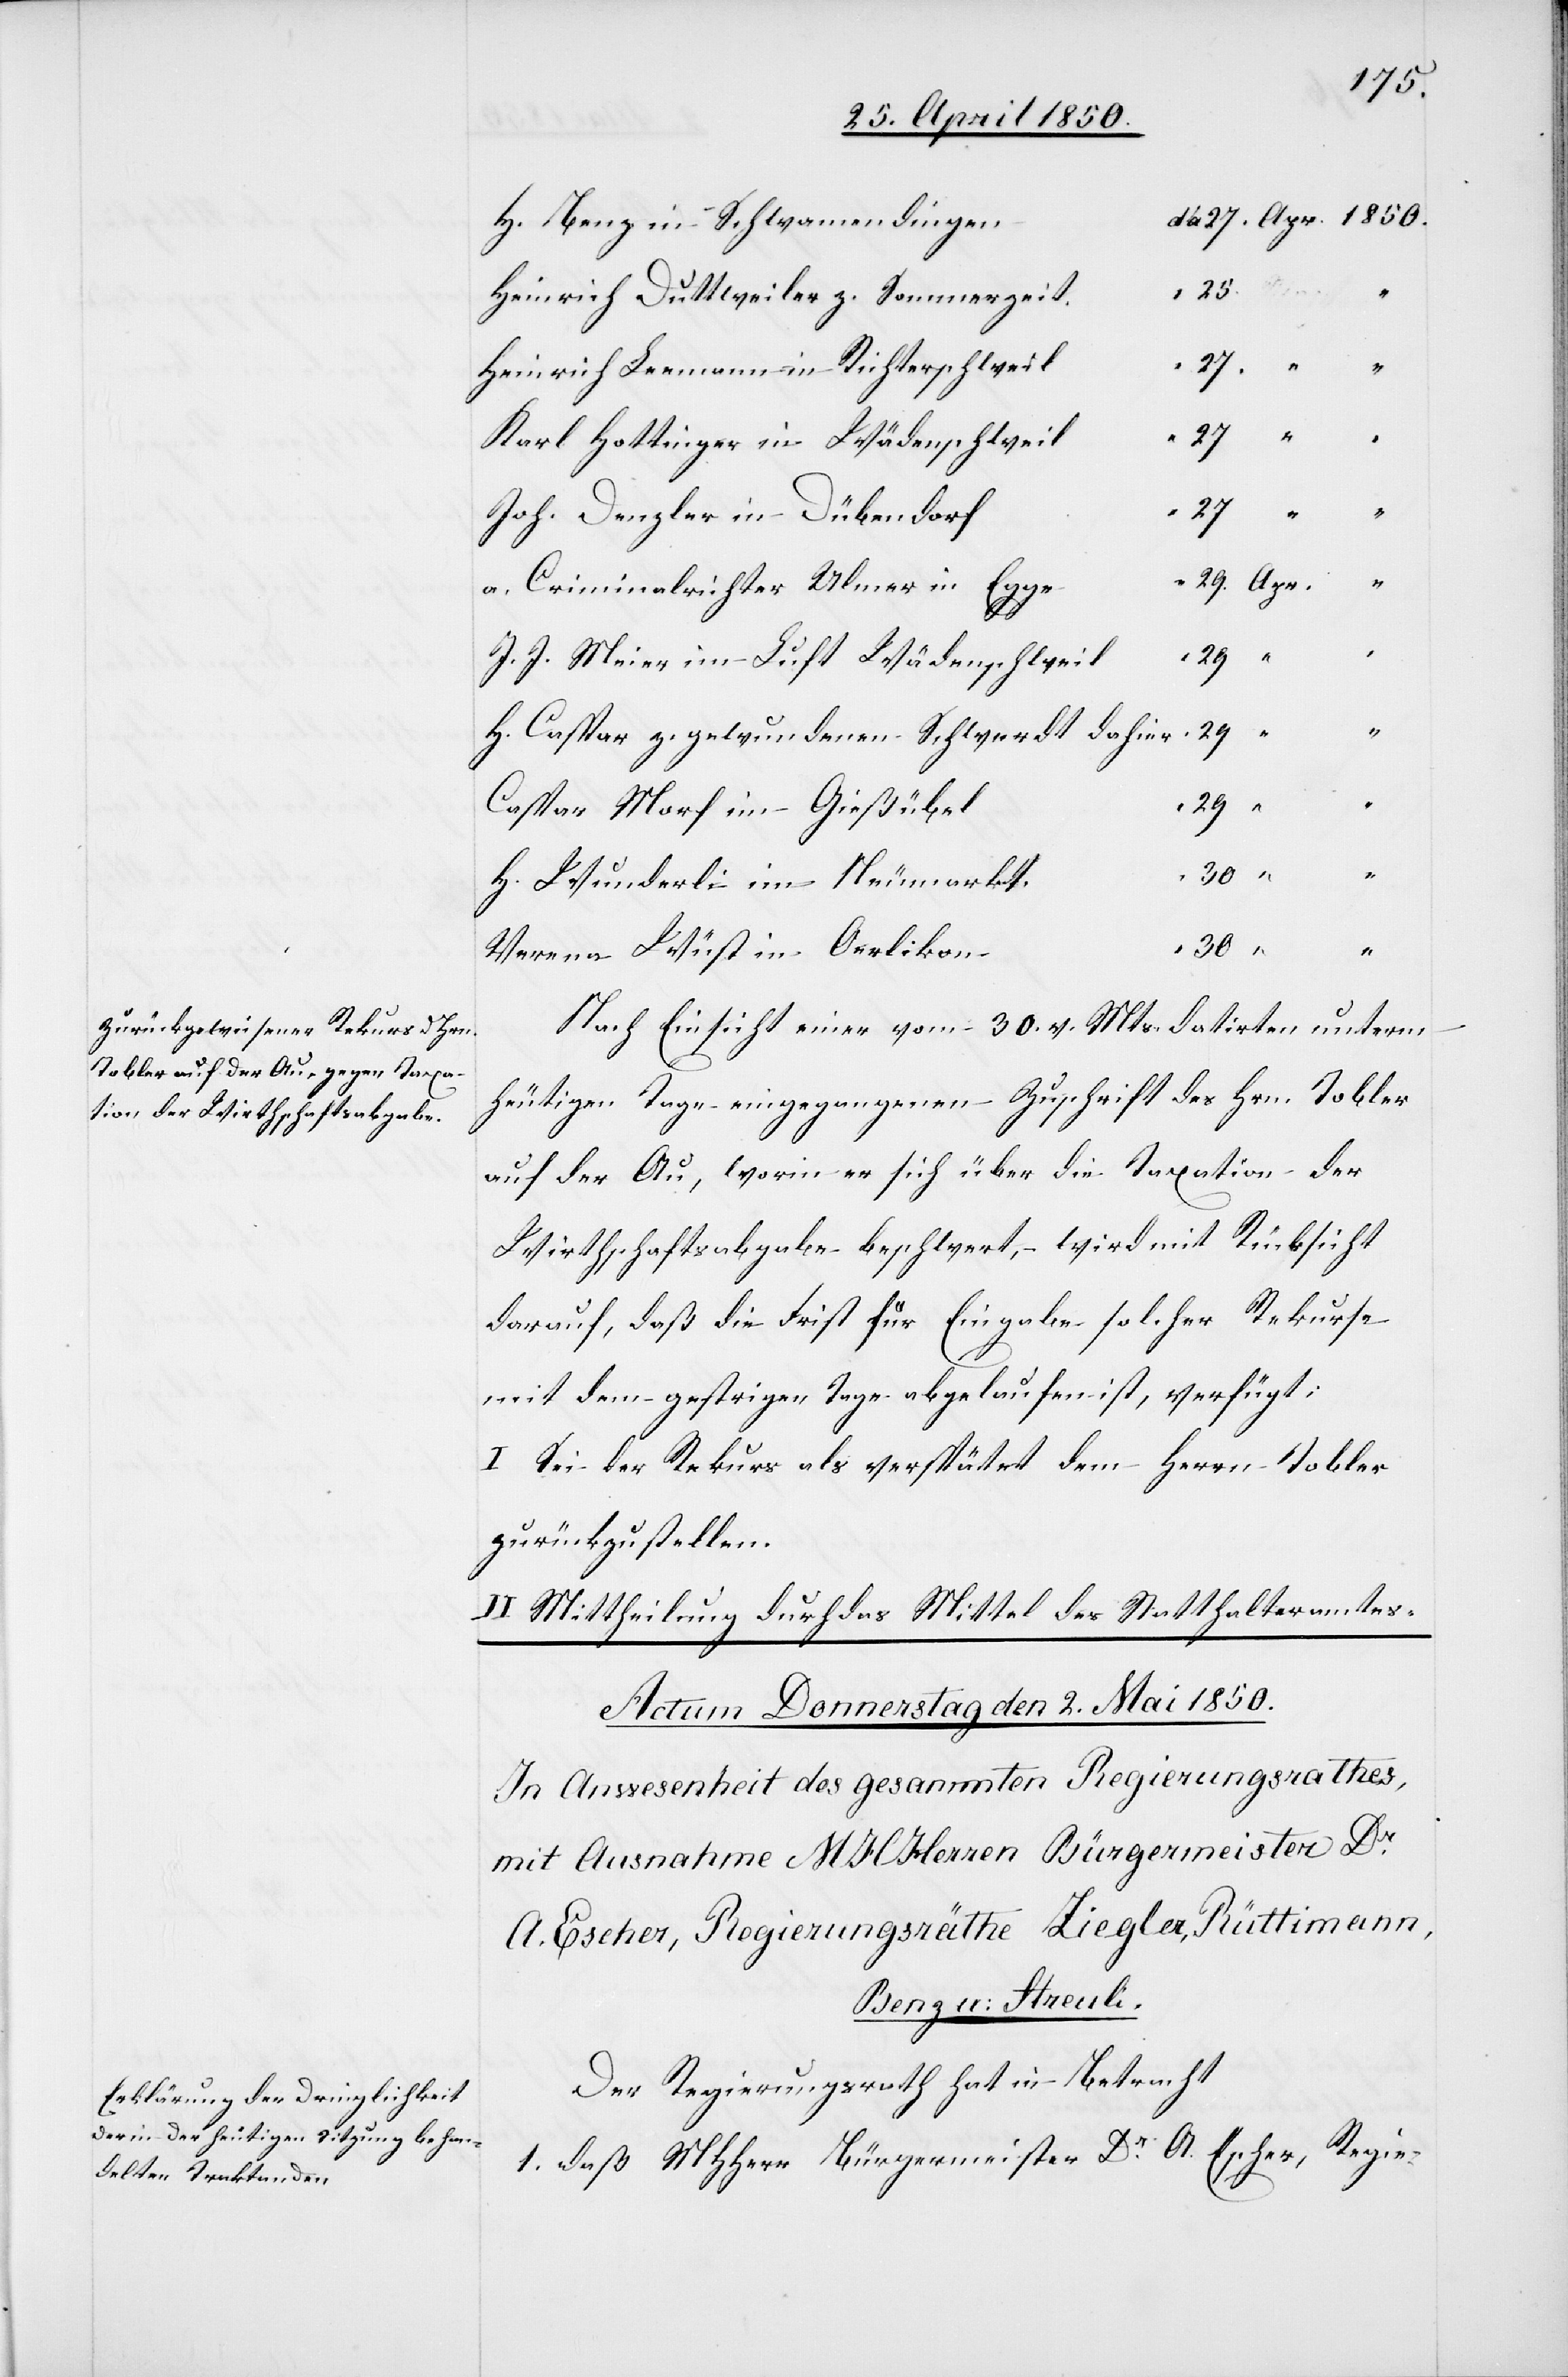
n	da	27.	Apr.	1850.
H. Benz in Schwamendinge¬
Heinrich Duttweiler z. Sommerzeit.
Heinrich Leemann in Richterschweil
Karl Hottinger in Wädenschweil
Joh. Denzler in Dübendorf
a. Criminalrichter Ulmer in
J. J. Meier im Luft Wädenschweil
H. Caspar z. gewundenen Schwerdt dahier
Caspar Morf im Gießübel
H. Wunderli im Neumarkt.
Verena Wüst in Oerlikon
1.
Nach Einsicht einer vom 30. v. Mts. datirten unterm
heutigen Tage eingegangenen Zuschrift des Hrn. Tobler
auf der Au, worin er sich über die Taxation der
Wirthschaftsabgabe beschwert, wird mit Rücksicht
darauf, daß die Frist für Eingabe solcher Rekurse
mit dem gestrigen Tage abgelaufen ist, verfügt;
I Sei der Rekurs als verspätet dem Herrn Tobler
zurückzustellen.
II Mittheilung durch das Mittel des Statthalteramtes.
Der Regierungsrath hat in Betracht
1. daß MHHerr Bürgermeister Dr A. Escher, Regie-